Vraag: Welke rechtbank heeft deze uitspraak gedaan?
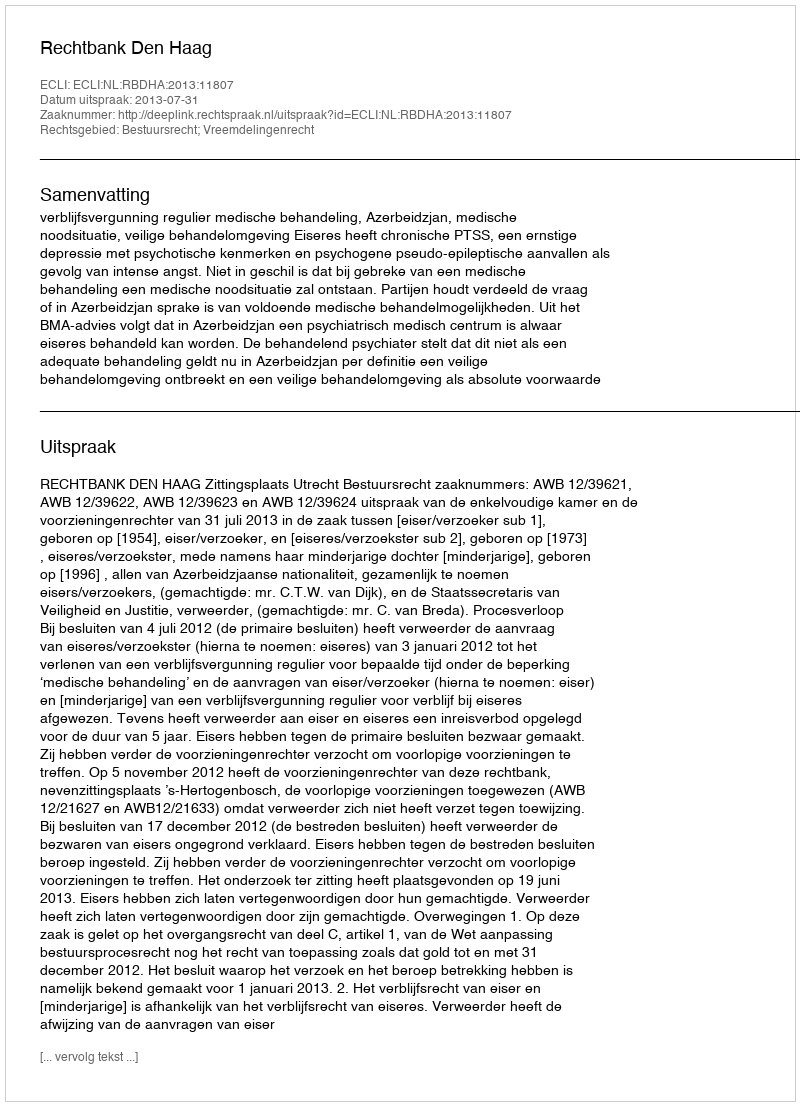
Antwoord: Rechtbank Den Haag